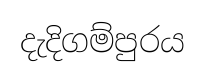
දැදිගම්පුරය